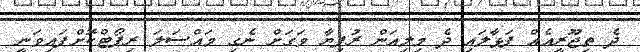
ދެ ތިޖޫރީއެއް ފަޅާލައި ދެ މިލިއަން ރުފިޔާ ވަގަށް ނެގި މައްސަލަ ރިޕޯޓްކޮށްފައިވަނީ